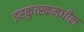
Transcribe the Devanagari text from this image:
इरकुत्स्कमधील